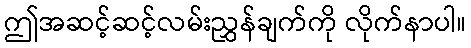
ဤအဆင့်ဆင့်လမ်းညွှန်ချက်ကို လိုက်နာပါ။